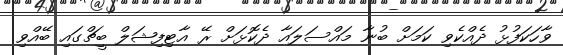
ވާހަކަފުޅު ދެއްކެވި ކަމަށް ބުނާ މައްސަލައާ ދެކޮޅަށް ރޭ އާޓިފިޝަލް ބީޗްގައި ބޭއްވި